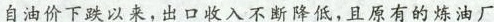
自油价下跌以来，出口收入不断降低，且原有的炼油厂